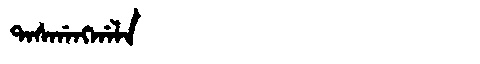
Manchu: ᡨᠠᠰᡤᠠᠩᡤᠠᠯᠠ
Romanization: TASGANGGALA